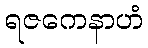
ရဇကေနာဟံ